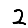
Digit: 2